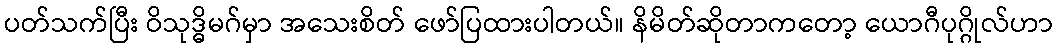
ပတ်သက်ပြီး ဝိသုဒ္ဓိမဂ်မှာ အသေးစိတ် ဖော်ပြထားပါတယ်။ နိမိတ်ဆိုတာကတော့ ယောဂီပုဂ္ဂိုလ်ဟာ